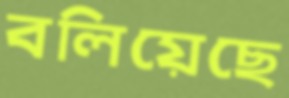
বলিয়েছে